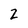
Character: 2